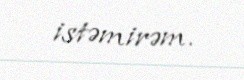
istəmirəm.